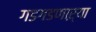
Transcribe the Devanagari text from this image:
गडगडणाऱ्या